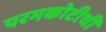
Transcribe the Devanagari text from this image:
परमकोटीची